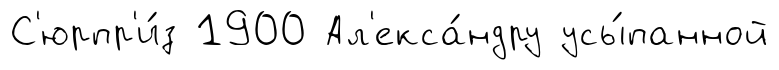
С'юрпр'и́з 1900 Ал'екса́ндру усы́панной